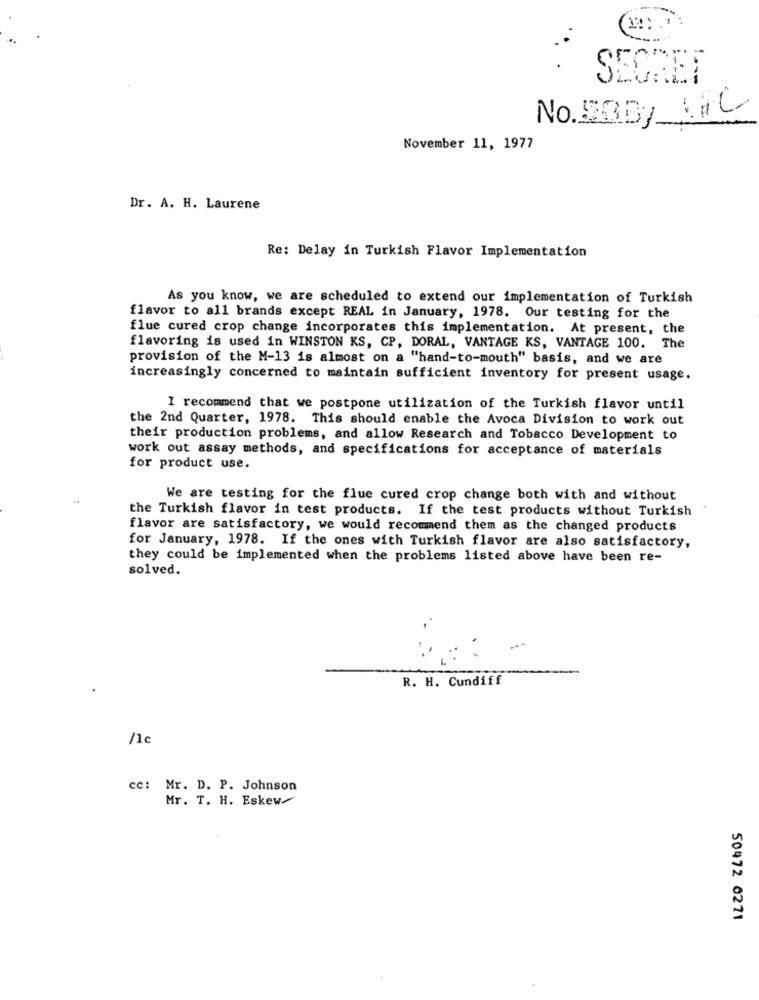
SECRET
No.20By C
November 11, 1977
Dr. A. H. Laurene
Re: Delay in Turkish Flavor Implementation
As you know, we are scheduled to extend our implementation of Turkish
flavor to all brands except REAL in January, 1978. Our testing for the
flue cured crop change incorporates this implementation. At present, the
flavoring is used in WINSTON KS, CP, DORAL, VANTAGE KS, VANTAGE 100. The
provision of the M-13 is almost on a "hand-to-mouth" basis, and we are
increasingly concerned to maintain sufficient inventory for present usage.
I recommend that we postpone utilization of the Turkish flavor until
the 2nd Quarter, 1978. This should enable the Avoca Division to work out
their production problems, and allow Research and Tobacco Development to
work out assay methods, and specifications for acceptance of materials
for product use.
We are testing for the flue cured crop change both with and without
the Turkish flavor in test products. If the test products without Turkish
flavor are satisfactory, we would recommend them as the changed products
for January, 1978. If the ones with Turkish flavor are also satisfactory,
they could be implemented when the problems listed above have been re-
solved.
R. H. Cundiff
/1c
cc: Mr. D. P. Johnson
Mr. T. H. Eskew
50472 0271